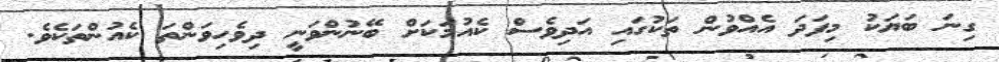
ގިނަ ބަޔަކު މިފަދަ އެއްވުން ތަކުގައި އަދިވެސް ކެއުމަކަށް ބޭނުންވަނީ ދިވެހިވަންތަ ކެއުންތަކެވެ.